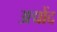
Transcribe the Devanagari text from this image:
अद्मोंद